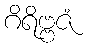
ဂိရိဗ္ဗဇံ